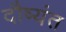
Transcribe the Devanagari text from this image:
दौष्यंत